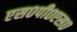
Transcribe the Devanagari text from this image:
एस०पी०एस०